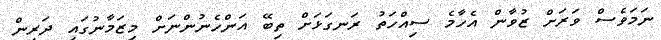
ނަމަވެސް ވަރަށް ޒުވާން އެހާމެ ސިއްހަތު ރަނގަޅަށް ތިބޭ އަންހެނުންނަށް މިޒަމާނުގައި ދަރިން